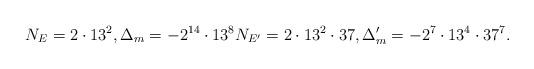
LaTeX: \begin{align*} N_E = 2 \cdot 13^2, \Delta_m = -2^{14} \cdot 13^8 N_{E'} = 2 \cdot 13^2 \cdot 37, \Delta_m' = -2^{7} \cdot 13^4 \cdot 37^7.\end{align*}